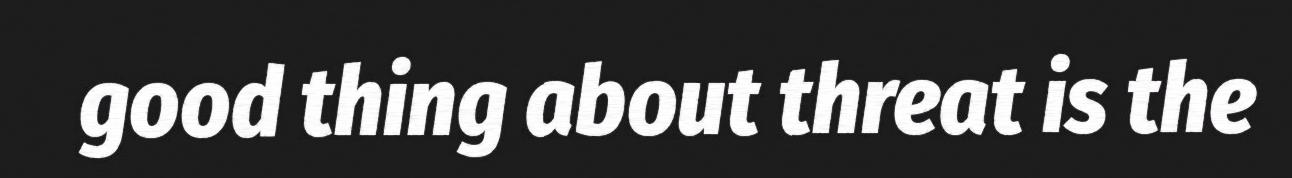
good thing about threat is the